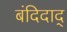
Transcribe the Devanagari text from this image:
बंदिदाद्